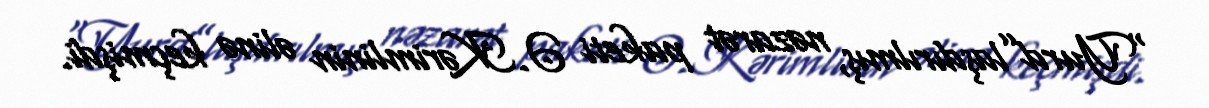
“Yurd”laşdırılmış, nəzarət paketi Ə.Kərimlinin əlinə keçmişdi.